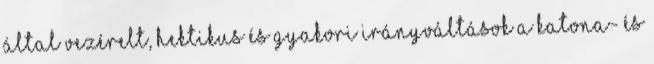
által vezérelt, hektikus és gyakori irányváltások a katona- és